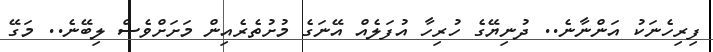
ފިރިހެނަކު އަންނާނެ.. ދުނިޔޭގެ ހުރިހާ އުފަލެއް އޭނަގެ މުށުތެރެއިން މަށަށްވެސް ލިބޭނެ.. މަގޭ